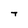
Character: T